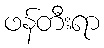
ဖန်တီးရာ